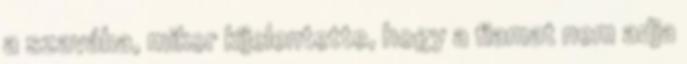
a szavába, mikor kijelentette, hogy a fiamat nem adja